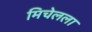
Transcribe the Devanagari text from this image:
मिचेलला